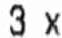
3 X